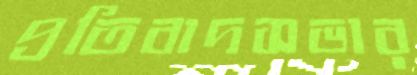
প্রতিবাদসভার